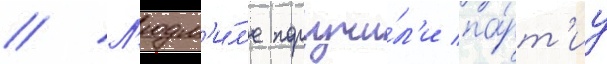
// Л'юдм'и́л'е поручи́л'и па́рт'иу